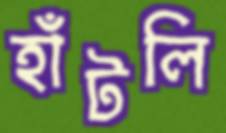
হাঁটলি